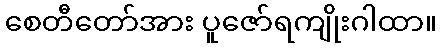
စေတီတော်အား ပူဇော်ရကျိုးဂါထာ။